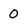
Character: 0